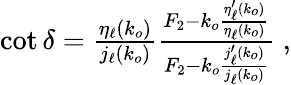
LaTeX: \begin{array}{r}{\cot\delta=\frac{\eta_{\ell}(k_{o})}{j_{\ell}(k_{o})}\frac{F_{2}-k_{o}\frac{\eta_{\ell}^{\prime}(k_{o})}{\eta_{\ell}(k_{o})}}{F_{2}-k_{o}\frac{j_{\ell}^{\prime}(k_{o})}{j_{\ell}(k_{o})}}\; ,}\end{array}